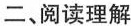
二、阅读理解